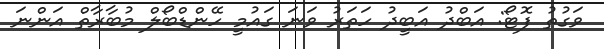
ވަގުތު ފޮޓޯ: އަބްދު އަބީދު ހަތަރު ވަނަ ގައުމީ ހޭންޑްބޯލް މުބާރާތް އަންނަ